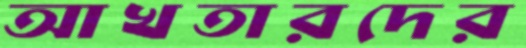
আখতারদের